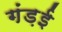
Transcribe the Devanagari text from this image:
गंड़ई